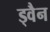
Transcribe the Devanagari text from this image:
ड्वैन